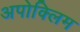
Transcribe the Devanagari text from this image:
अपोक्लिम